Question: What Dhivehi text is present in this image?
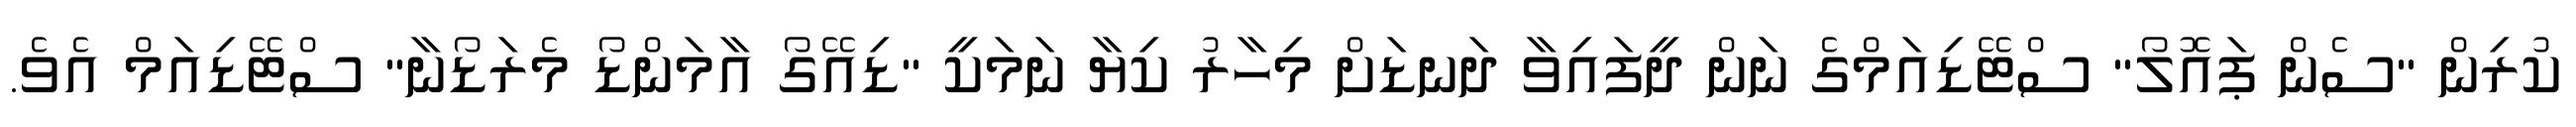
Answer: ކުރިން "ސެން ޕައޮލޯ" ސްޓޭޑިއަމްގެ ނަން ދީފައިވާ ދަނޑަށް މިހާރު ކިޔާ ނަމަކީ "ޑިއޭގޯ އާމަންޑޯ މެރަޑޯނާ" ސްޓޭޑިއަމް އެވެ.